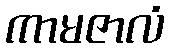
ကာမဇာလံ